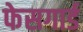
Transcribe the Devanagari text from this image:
फेसगार्ड